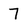
Character: 7